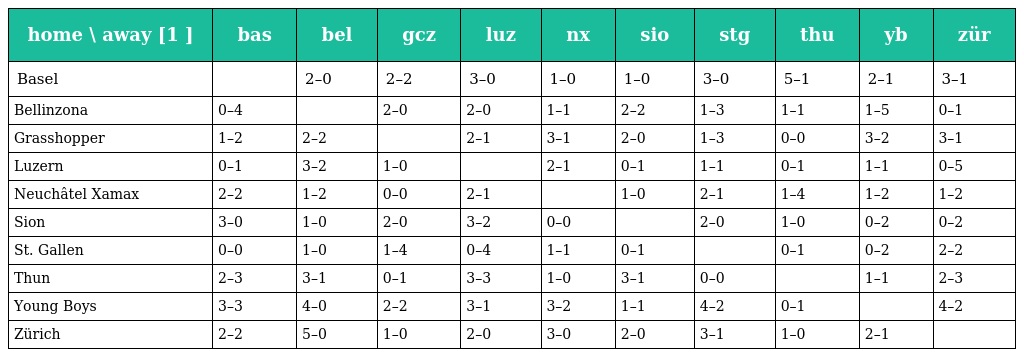
| home \ away [1 ] | bas | bel | gcz | luz | nx | sio | stg | thu | yb | zür |
 | --- | --- | --- | --- | --- | --- | --- | --- | --- | --- | --- |
 | Basel |  | 2–0 | 2–2 | 3–0 | 1–0 | 1–0 | 3–0 | 5–1 | 2–1 | 3–1 |
 | Bellinzona | 0–4 |  | 2–0 | 2–0 | 1–1 | 2–2 | 1–3 | 1–1 | 1–5 | 0–1 |
 | Grasshopper | 1–2 | 2–2 |  | 2–1 | 3–1 | 2–0 | 1–3 | 0–0 | 3–2 | 3–1 |
 | Luzern | 0–1 | 3–2 | 1–0 |  | 2–1 | 0–1 | 1–1 | 0–1 | 1–1 | 0–5 |
 | Neuchâtel Xamax | 2–2 | 1–2 | 0–0 | 2–1 |  | 1–0 | 2–1 | 1–4 | 1–2 | 1–2 |
 | Sion | 3–0 | 1–0 | 2–0 | 3–2 | 0–0 |  | 2–0 | 1–0 | 0–2 | 0–2 |
 | St. Gallen | 0–0 | 1–0 | 1–4 | 0–4 | 1–1 | 0–1 |  | 0–1 | 0–2 | 2–2 |
 | Thun | 2–3 | 3–1 | 0–1 | 3–3 | 1–0 | 3–1 | 0–0 |  | 1–1 | 2–3 |
 | Young Boys | 3–3 | 4–0 | 2–2 | 3–1 | 3–2 | 1–1 | 4–2 | 0–1 |  | 4–2 |
 | Zürich | 2–2 | 5–0 | 1–0 | 2–0 | 3–0 | 2–0 | 3–1 | 1–0 | 2–1 |  |